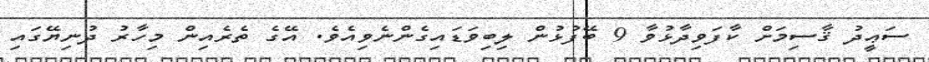
ސަޢީދު ޤާސިމަށް ކާފަވިދާޅުވާ 9 ބޭފުޅުން ލިބިވަޑައިގެންނެވިއެވެ. އޭގެ ތެރެއިން މިހާރު ދުނިޔޭގައި